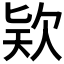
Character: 𣢸